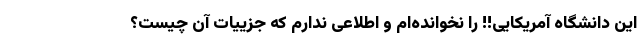
این دانشگاه آمریکایی!! را نخوانده‌ام و اطلاعی ندارم که جزییات آن چیست؟